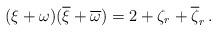
LaTeX: \begin{align*}(\xi+\omega)(\overline\xi+\overline \omega)=2+\zeta_r+\overline\zeta_r\,.\end{align*}